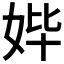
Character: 𰋾